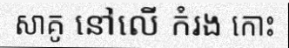
សាគូ នៅលើ កំរង កោះ